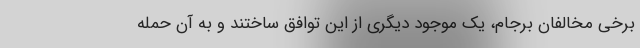
برخی مخالفان برجام، یک موجود دیگری از این توافق ساختند و به آن حمله